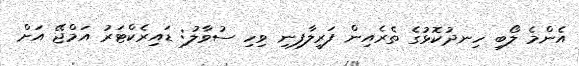
އެންމެ ލޯބި ހިނދުކޮޅުގެ ތެރެއިން ފަރީލާފިނި ވިހި ސުވާލު: ޑައިރެކްޓަރު އަމްޖޭ އަށް